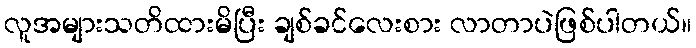
လူအများသတိထားမိပြီး ချစ်ခင်လေးစား လာတာပဲဖြစ်ပါတယ်။